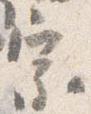
宗